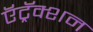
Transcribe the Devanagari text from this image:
ऍट्रॅक्शन